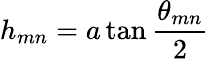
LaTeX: h_{mn}=a\tan{\frac{\theta_{mn}}{2}}